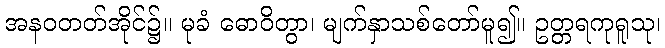
အနဝတတ်အိုင်၌။ မုခံ ဓောဝိတွာ၊ မျက်နှာသစ်တော်မူ၍။ ဥတ္တရကုရူသု၊